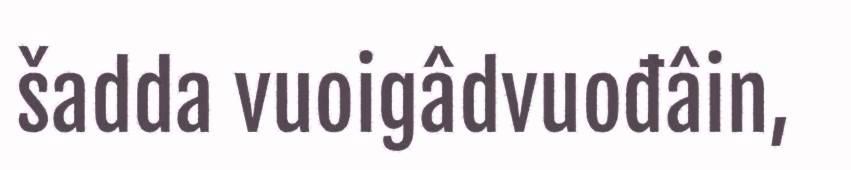
šadda vuoigâdvuođâin,